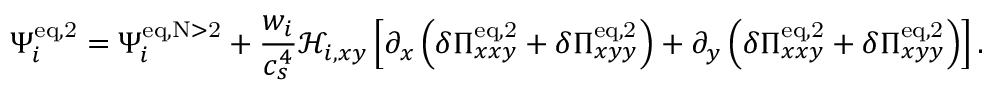
\Psi _ { i } ^ { \mathrm { e q , 2 } } = \Psi _ { i } ^ { \mathrm { e q , N > 2 } } + \frac { w _ { i } } { c _ { s } ^ { 4 } } \mathcal { H } _ { i , x y } \left[ \partial _ { x } \left( \delta \Pi _ { x x y } ^ { \mathrm { e q , 2 } } + \delta \Pi _ { x y y } ^ { \mathrm { e q , 2 } } \right) + \partial _ { y } \left( \delta \Pi _ { x x y } ^ { \mathrm { e q , 2 } } + \delta \Pi _ { x y y } ^ { \mathrm { e q , 2 } } \right) \right] .